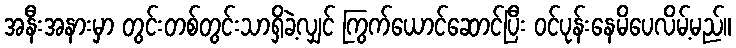
အနီးအနားမှာ တွင်းတစ်တွင်းသာရှိခဲ့လျှင် ကြွက်ယောင်ဆောင်ပြီး ဝင်ပုန်းနေမိပေလိမ့်မည်။